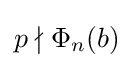
p\nmid \Phi _{n}(b)